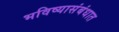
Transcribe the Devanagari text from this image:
भविष्यासंबंधात